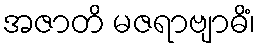
အဇာတိ မဇရာဗျာဓိံ၊